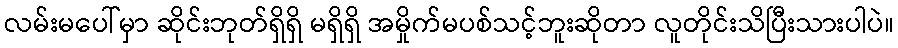
လမ်းမပေါ်မှာ ဆိုင်းဘုတ်ရှိရှိ မရှိရှိ အမှိုက်မပစ်သင့်ဘူးဆိုတာ လူတိုင်းသိပြီးသားပါပဲ။